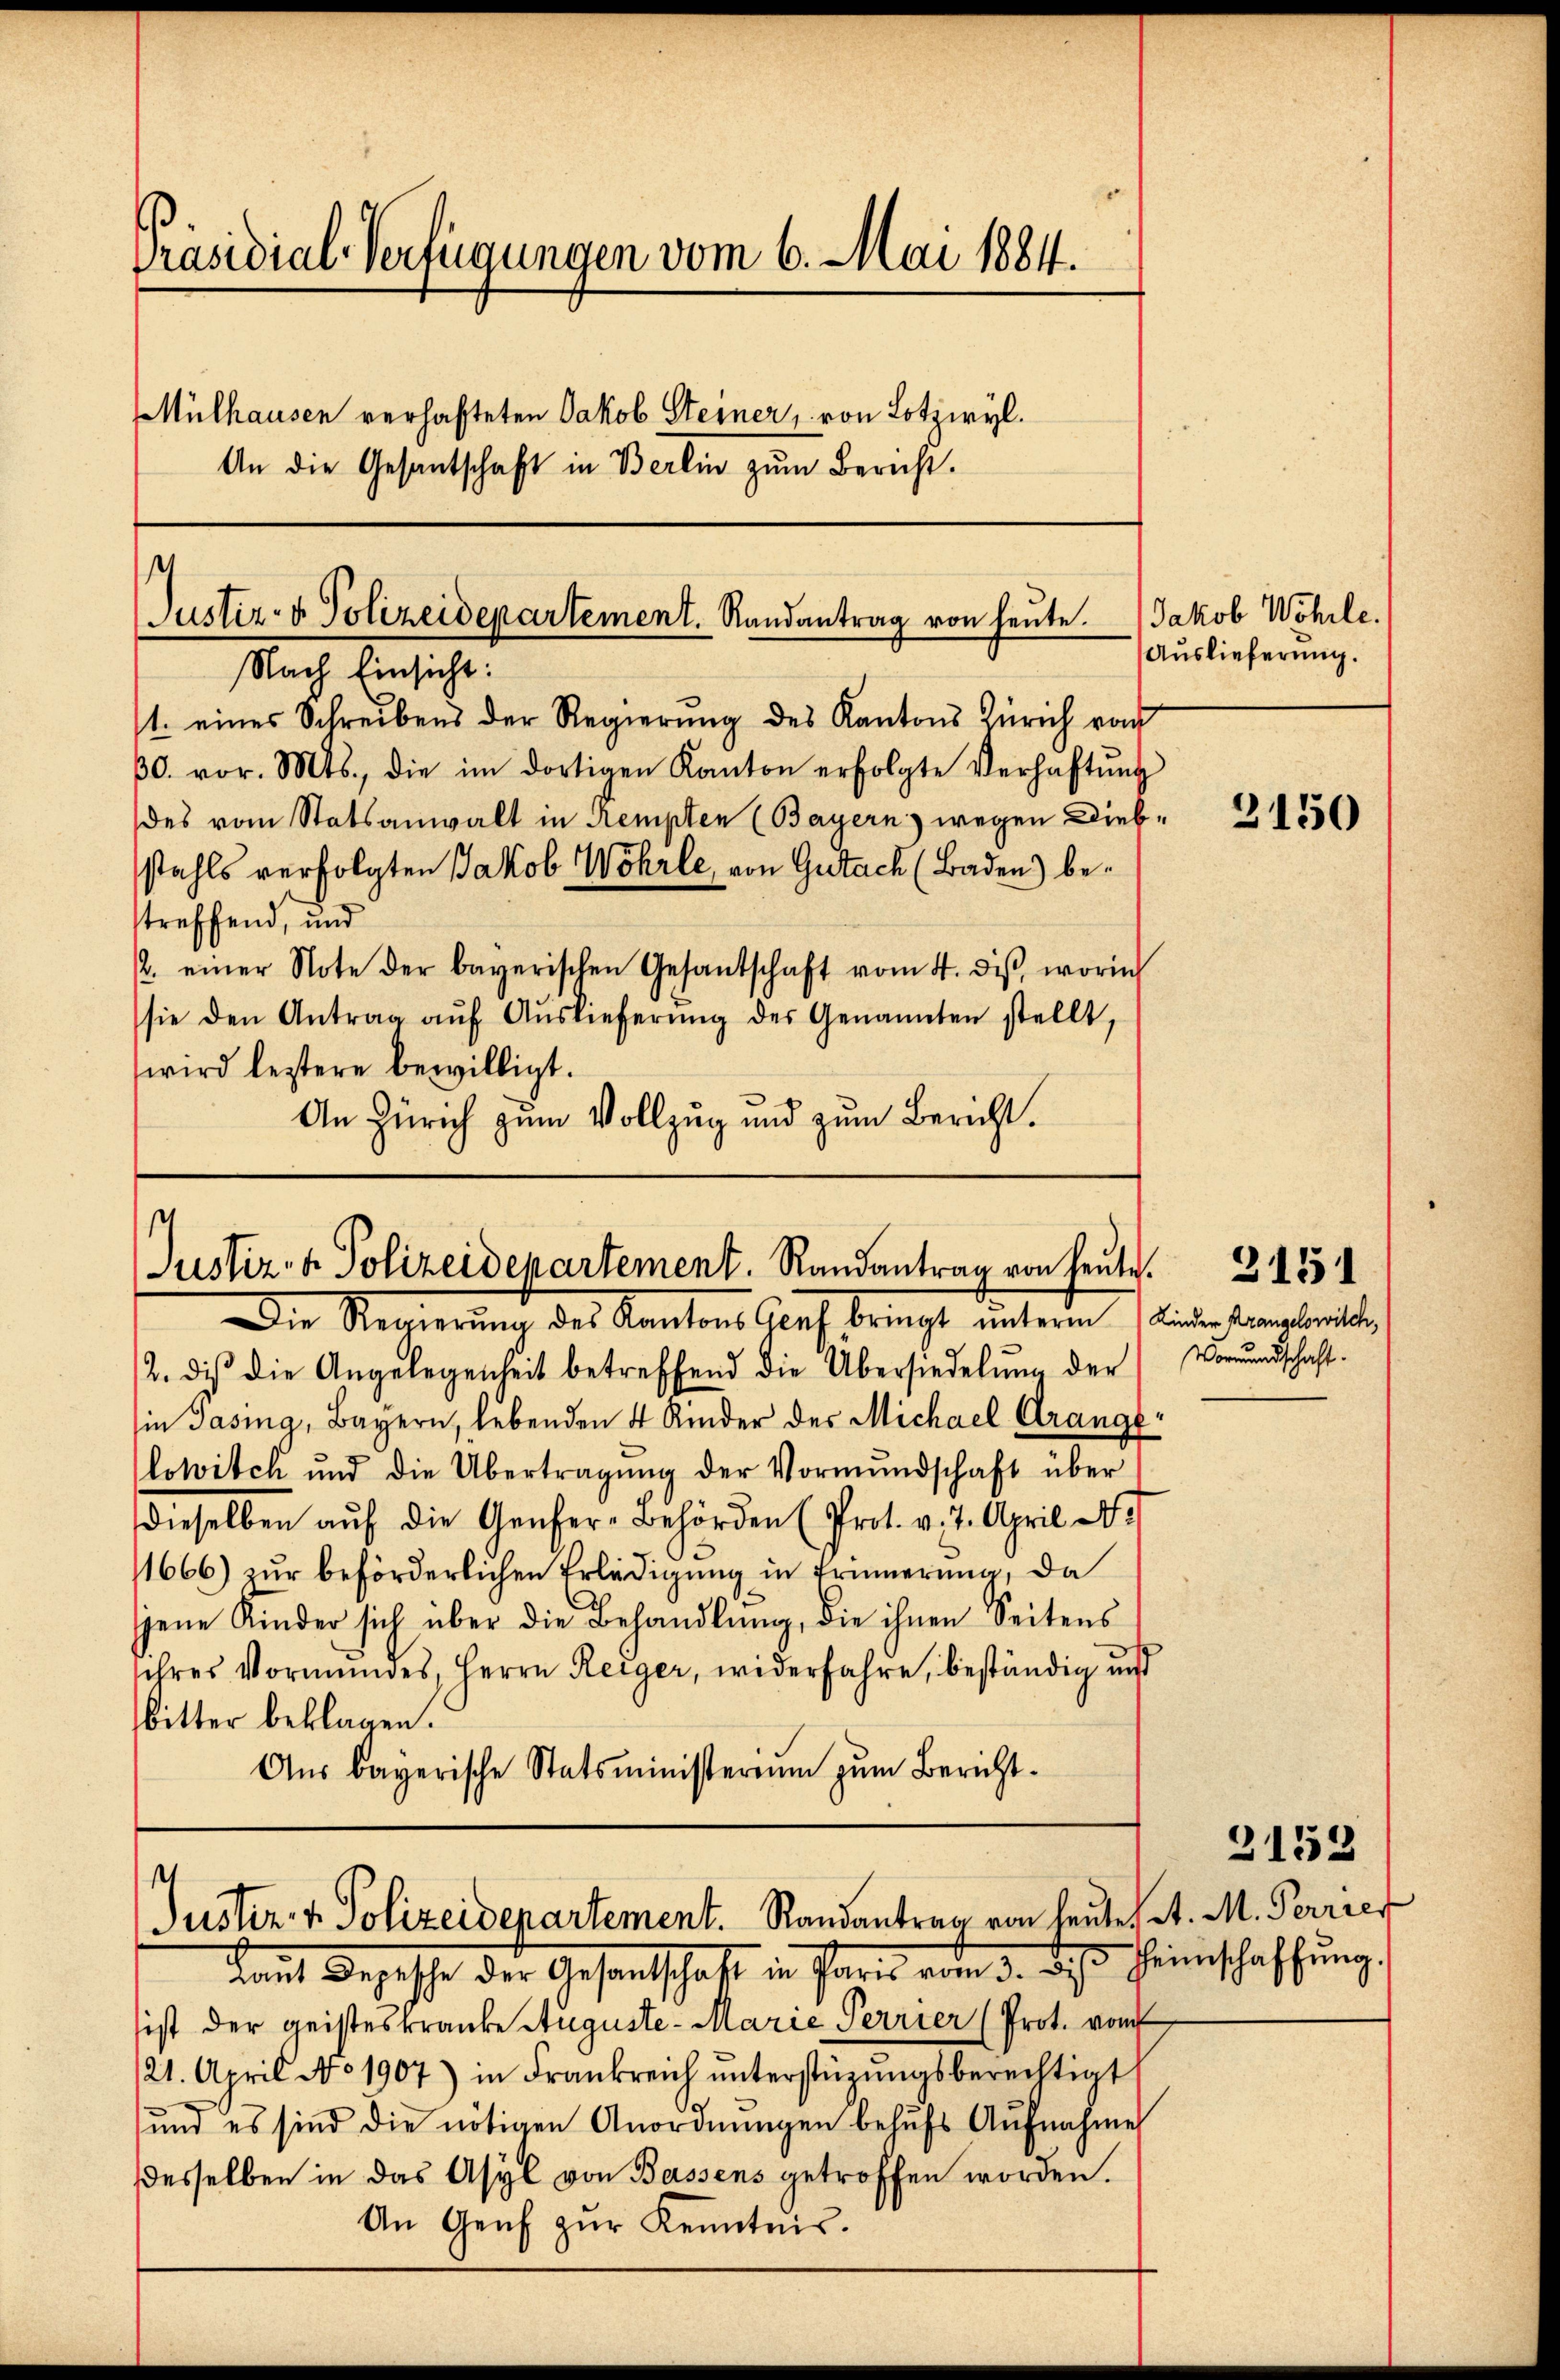
Präsidial-Verfügungen vom 6. Mai 1884.
Mülhausen verhafteten Jakob Steiner, von Lotzwyl.
An die Gesantschaft in Berlin zum Bericht.

1. eines Schreibens der Regierŭng des Kantons Zürich von
streffend, und
/. einer Note der bayerischen Gesandschaft vom 4. diβ worin
sie den Antrag aŭf Aŭslieferŭng des Genannten stellt,
wird leztere bewilligt.
An Zürich zum Vollzug und zum Bericht.

Justiz- & Polizeidepartement. Randantrag von heute.
Nach Einsicht:

Die Regierung des Kantons Genf bringt unterm 1 Linder angeleiten
2. die die Angelegenheit betreffend die Übersiedelung der Vormundschaft.
in Jasing, Bayern, lebenden 4 Kinder der Michael Strange
lowitch und die Übertragŭng der Vormŭndschaft über
dieselben aŭf die Genfer-Behörden (Prot. v. 2. April a.
1666) zur beförderlichen Erledigung in Erinnerung, da
jene Kinder sich über die Behandlŭng, die ihnen Seitens
ihres Vormundes, Herrn Reiger, widerfahre, beständig und
bitter beklagen.
Aŭs bayerische Statsministerium zŭm Bericht.

30. vor. Mts., die im dortigen Kanton erfolgte Verhaftŭng
des vom Statsanwalt in Kempten (Bayern) wegen Diebstahls verfolgten Jakob Wöhrle, von Gutach (Baden) be¬

Kauf Depesche der Gesandtschaft in Paris vom 3. des Heimschaffung.
sist der geisteskranke Auguste- Marie Perrier (Prot. vom
21. April No 1907) in Frankreich ŭnterstüzungsberechtigt
und es sind die nötigen Anordnŭngen behŭfs Aŭfnahme
desselben in das Asyl von Bassens getroffen worden.
An Genf zŭr Kenntnis.

Justiz- & Polizeidepartement. Randantrag von heute. 155

t
Justiz- & Polizeidepartement. Randantrag von heute et. M. Perrier

Jakob Wohrle.
Auslieferung.

3150

2153